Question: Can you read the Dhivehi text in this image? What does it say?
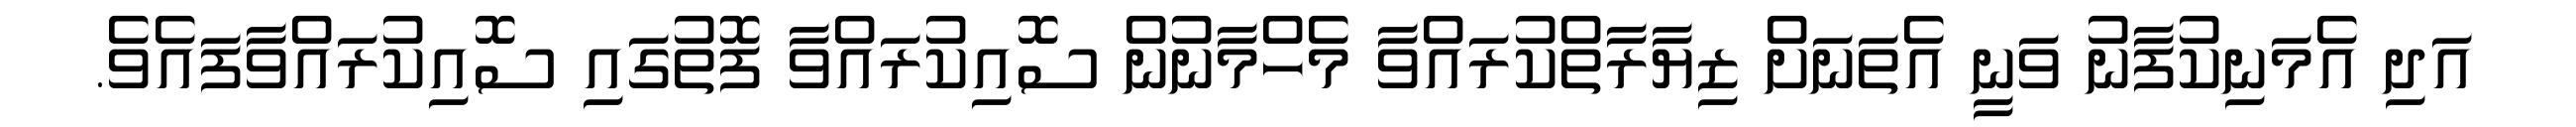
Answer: އަދި އެމަނިކުފާނު ވަނީ އެތަނަށް ޒިޔާރާތްކުރައްވާ މެހްމާނުން ސޮއިކުރައްވާ ފޮތުގައި ސޮއިކުރައްވާފައެވެ.